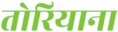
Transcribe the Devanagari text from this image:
तोरियाना